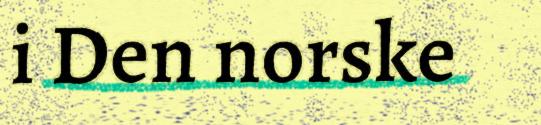
i Den norske